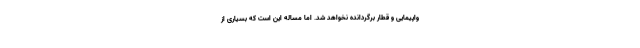
واپیمایی و قطار برگردانده نخواهد شد. اما مساله این است که بسیاری از